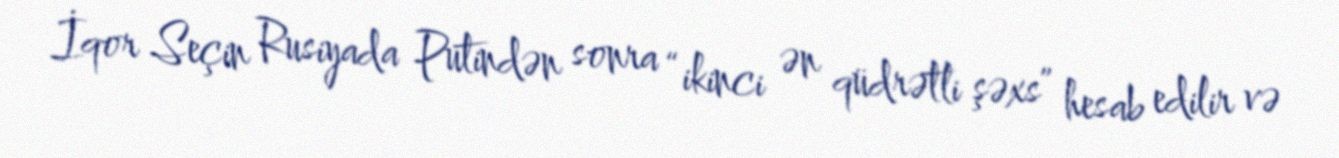
İqor Seçin Rusiyada Putindən sonra “ikinci ən qüdrətli şəxs” hesab edilir və